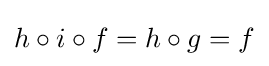
h\circ i\circ f=h\circ g=f